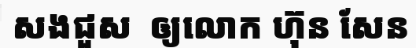
សងជួស  ឲ្យលោក ហ៊ុន សែន